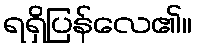
ရရှိပြန်လေ၏။